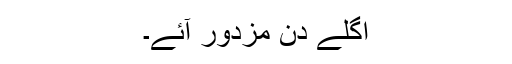
اگلے دن مزدور آئے۔